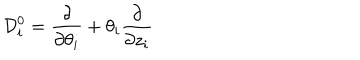
LaTeX: { \cal D } _ { i } ^ { 0 } = { \frac { \partial } { \partial \theta _ { i } } } + \theta _ { i } { \frac { \partial } { \partial z _ { i } } }